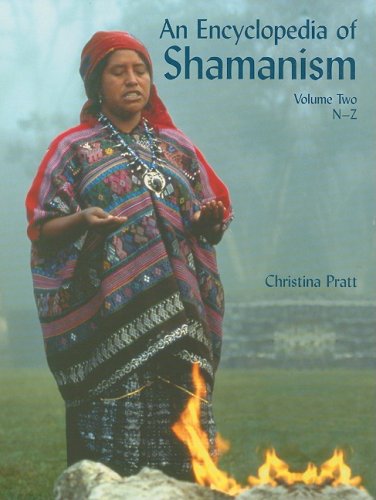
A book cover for An Encyclopedia of Shamanism: N-z; Christina Pratt; Teen & Young Adult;